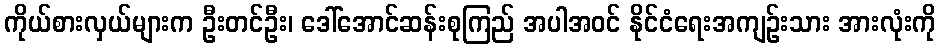
ကိုယ်စားလှယ်များက ဦးတင်ဦး၊ ဒေါ်အောင်ဆန်းစုကြည် အပါအဝင် နိုင်ငံရေးအကျဉ်းသား အားလုံးကို